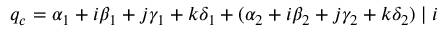
q _ { c } = \alpha _ { 1 } + i \beta _ { 1 } + j \gamma _ { 1 } + k \delta _ { 1 } + ( \alpha _ { 2 } + i \beta _ { 2 } + j \gamma _ { 2 } + k \delta _ { 2 } ) \mid i